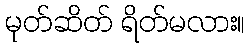
မုတ်ဆိတ် ရိတ်မလား။